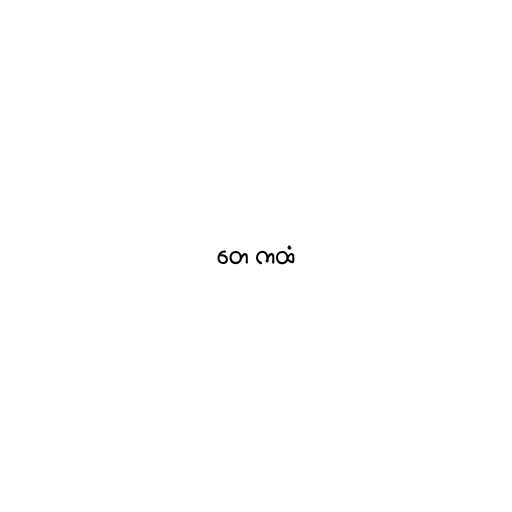
တေ ကထံ